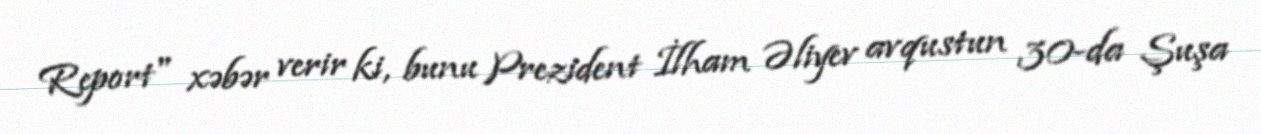
Report" xəbər verir ki, bunu Prezident İlham Əliyev avqustun 30-da Şuşa